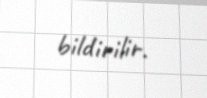
bildirilir.